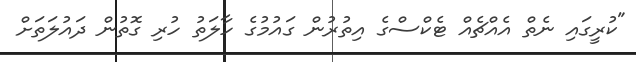
"ކުރީގައި ނެތް އެއްޗެއް ޓެކްސްގެ އިތުރުން ގައުމުގެ ހާލަތު ހުރި ގޮތުން ދައުލަަތަށް